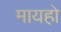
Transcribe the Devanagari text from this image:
मायहो